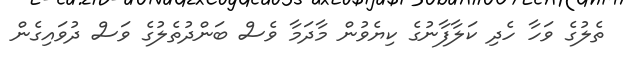
ތެލުގެ ވަހާ ހެދި ކަލާފާނުގެ ކިޔެވުން މާދަމާ ވެސް ބަންދުތެލުގެ ވަސް ދުވައިގެން